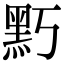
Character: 𪐚